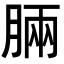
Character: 𣍷